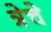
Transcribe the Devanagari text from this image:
त्रेचे